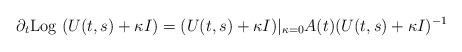
LaTeX: \begin{align*} \partial_{t} {\rm Log} ~ (U(t,s) + \kappa I) = (U(t,s)+\kappa I )|_{\kappa = 0} A(t) (U(t,s)+\kappa I)^{-1} \end{align*}